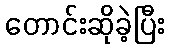
တောင်းဆိုခဲ့ပြီး